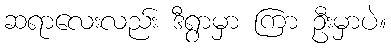
ဆရာလေးလည်း ဒီရွာမှာ ကြာ ဦးမှာပဲ။